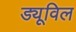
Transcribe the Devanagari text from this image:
ड्यूविल